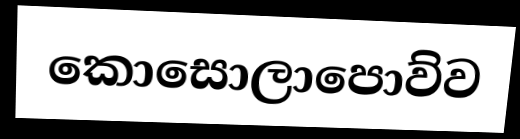
කොසොලාපොව්ව